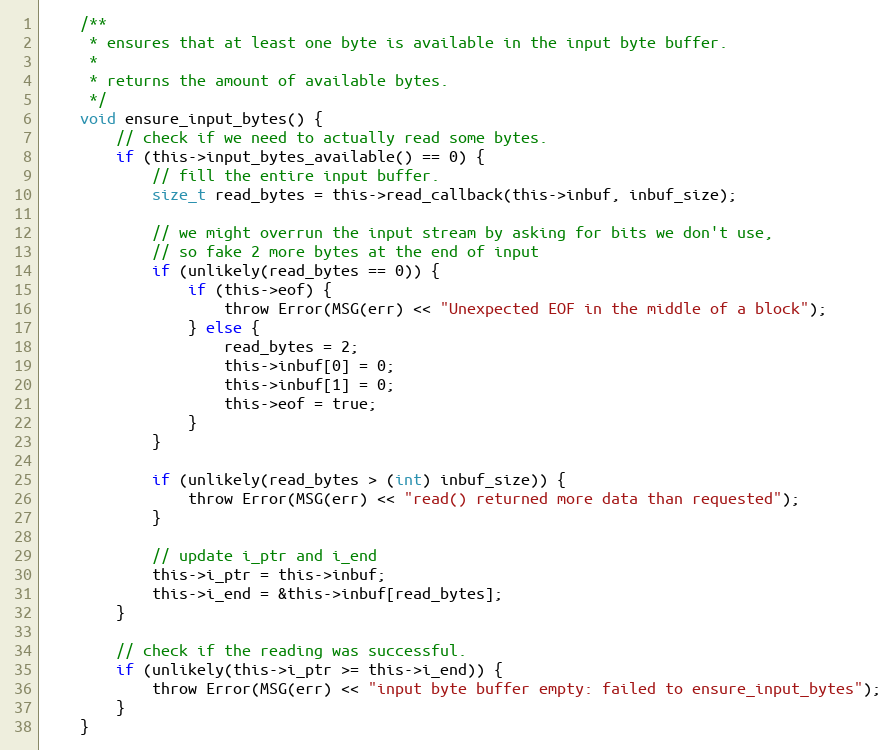
Language: C
	/**
	 * ensures that at least one byte is available in the input byte buffer.
	 *
	 * returns the amount of available bytes.
	 */
	void ensure_input_bytes() {
		// check if we need to actually read some bytes.
		if (this->input_bytes_available() == 0) {
			// fill the entire input buffer.
			size_t read_bytes = this->read_callback(this->inbuf, inbuf_size);

			// we might overrun the input stream by asking for bits we don't use,
			// so fake 2 more bytes at the end of input
			if (unlikely(read_bytes == 0)) {
				if (this->eof) {
					throw Error(MSG(err) << "Unexpected EOF in the middle of a block");
				} else {
					read_bytes = 2;
					this->inbuf[0] = 0;
					this->inbuf[1] = 0;
					this->eof = true;
				}
			}

			if (unlikely(read_bytes > (int) inbuf_size)) {
				throw Error(MSG(err) << "read() returned more data than requested");
			}

			// update i_ptr and i_end
			this->i_ptr = this->inbuf;
			this->i_end = &this->inbuf[read_bytes];
		}

		// check if the reading was successful.
		if (unlikely(this->i_ptr >= this->i_end)) {
			throw Error(MSG(err) << "input byte buffer empty: failed to ensure_input_bytes");
		}
	}